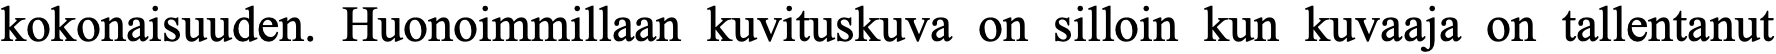
kokonaisuuden. Huonoimmillaan kuvituskuva on silloin kun kuvaaja on tallentanut